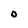
Character: O